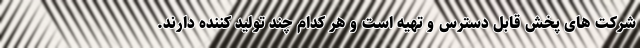
شرکت های پخش قابل دسترس و تهیه است و هر کدام چند تولید کننده دارند.